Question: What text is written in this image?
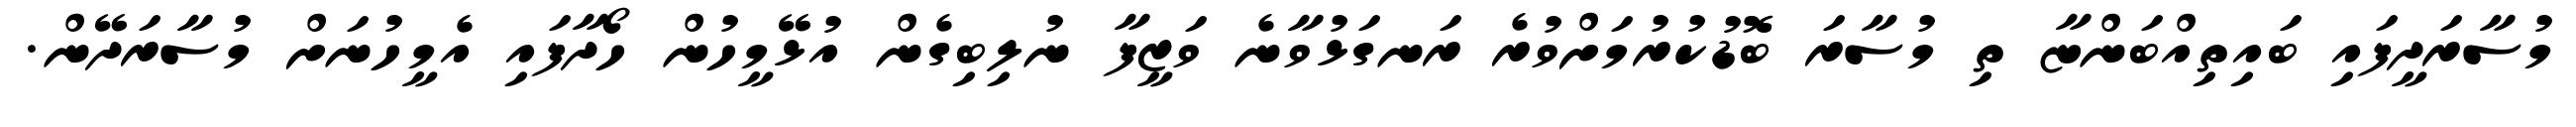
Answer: މުސާރަދީފައި ބައިތިއްބަންޏާ ތި މުސާރަ ބޮޑުކުރުމަށްވުރެ ރަނގަޅުވާނެ ވަޒީފާ ނުލިބިގެން އުޅޭމީހުން ހޯދާފައި އެމީހުނަށް މުސާރަދޭން.